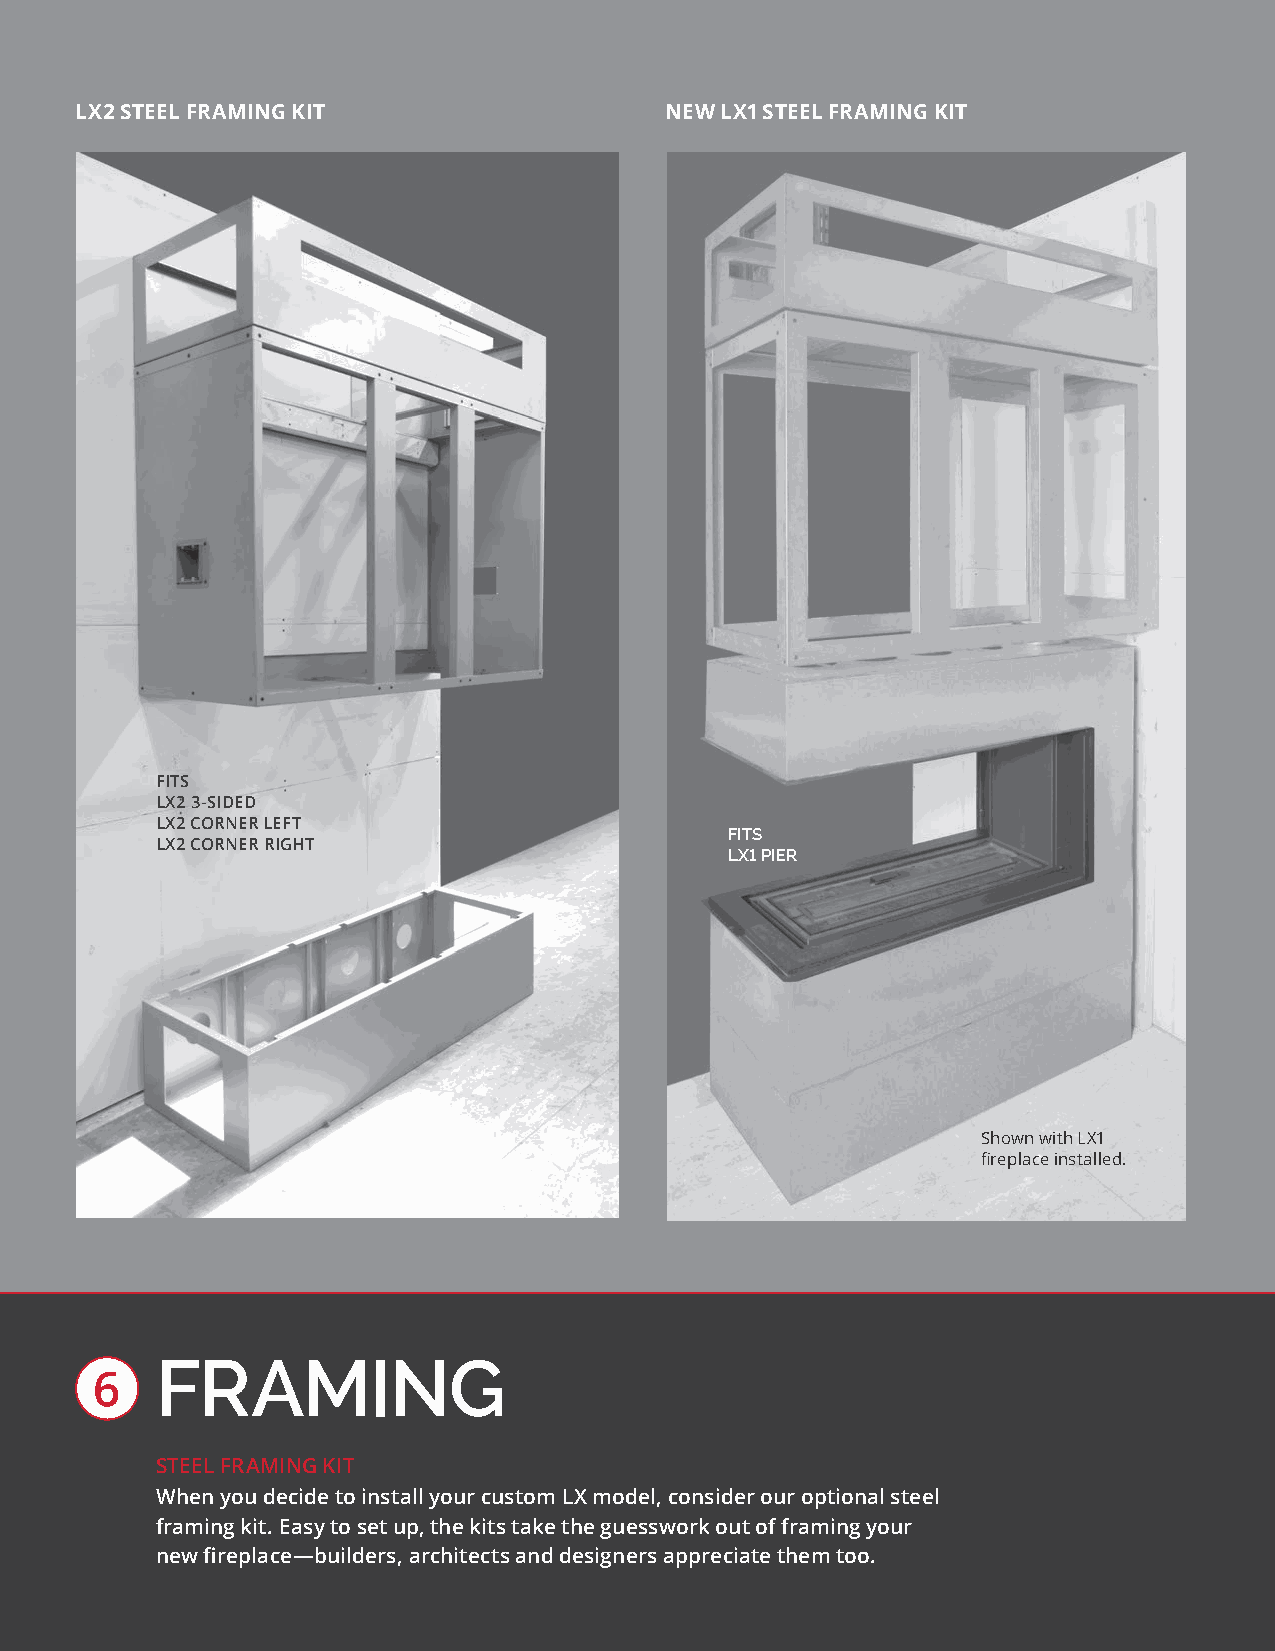
LX2 STEEL FRAMING KIT                  NEW LX1 STEEL FRAMING KIT
 FITS
 LX2 3-SIDED
 LX2 CORNER LEFT
 FITS
 LX2 CORNER RIGHT
 LX1 PIER
 Shown with LX1
 fireplace installed.
 FRAMING
 6
 STEEL FRAMING KIT
 When you decide to install your custom LX model, consider our optional steel
 framing kit. Easy to set up, the kits take the guesswork out of framing your
 new fireplace—builders, architects and designers appreciate them too.